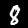
Digit: 8